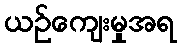
ယဉ်ကျေးမှုအရ